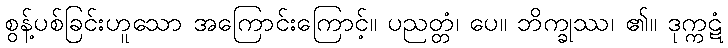
စွန့်ပစ်ခြင်းဟူသော အကြောင်းကြောင့်။ ပညတ္တံ၊ ပေ။ ဘိက္ခုဿ၊ ၏။ ဒုက္ကဋံ